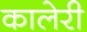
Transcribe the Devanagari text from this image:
कालेरी